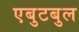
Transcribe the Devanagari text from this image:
एबुटबुल